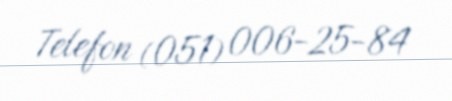
Telefon (051) 006-25-84